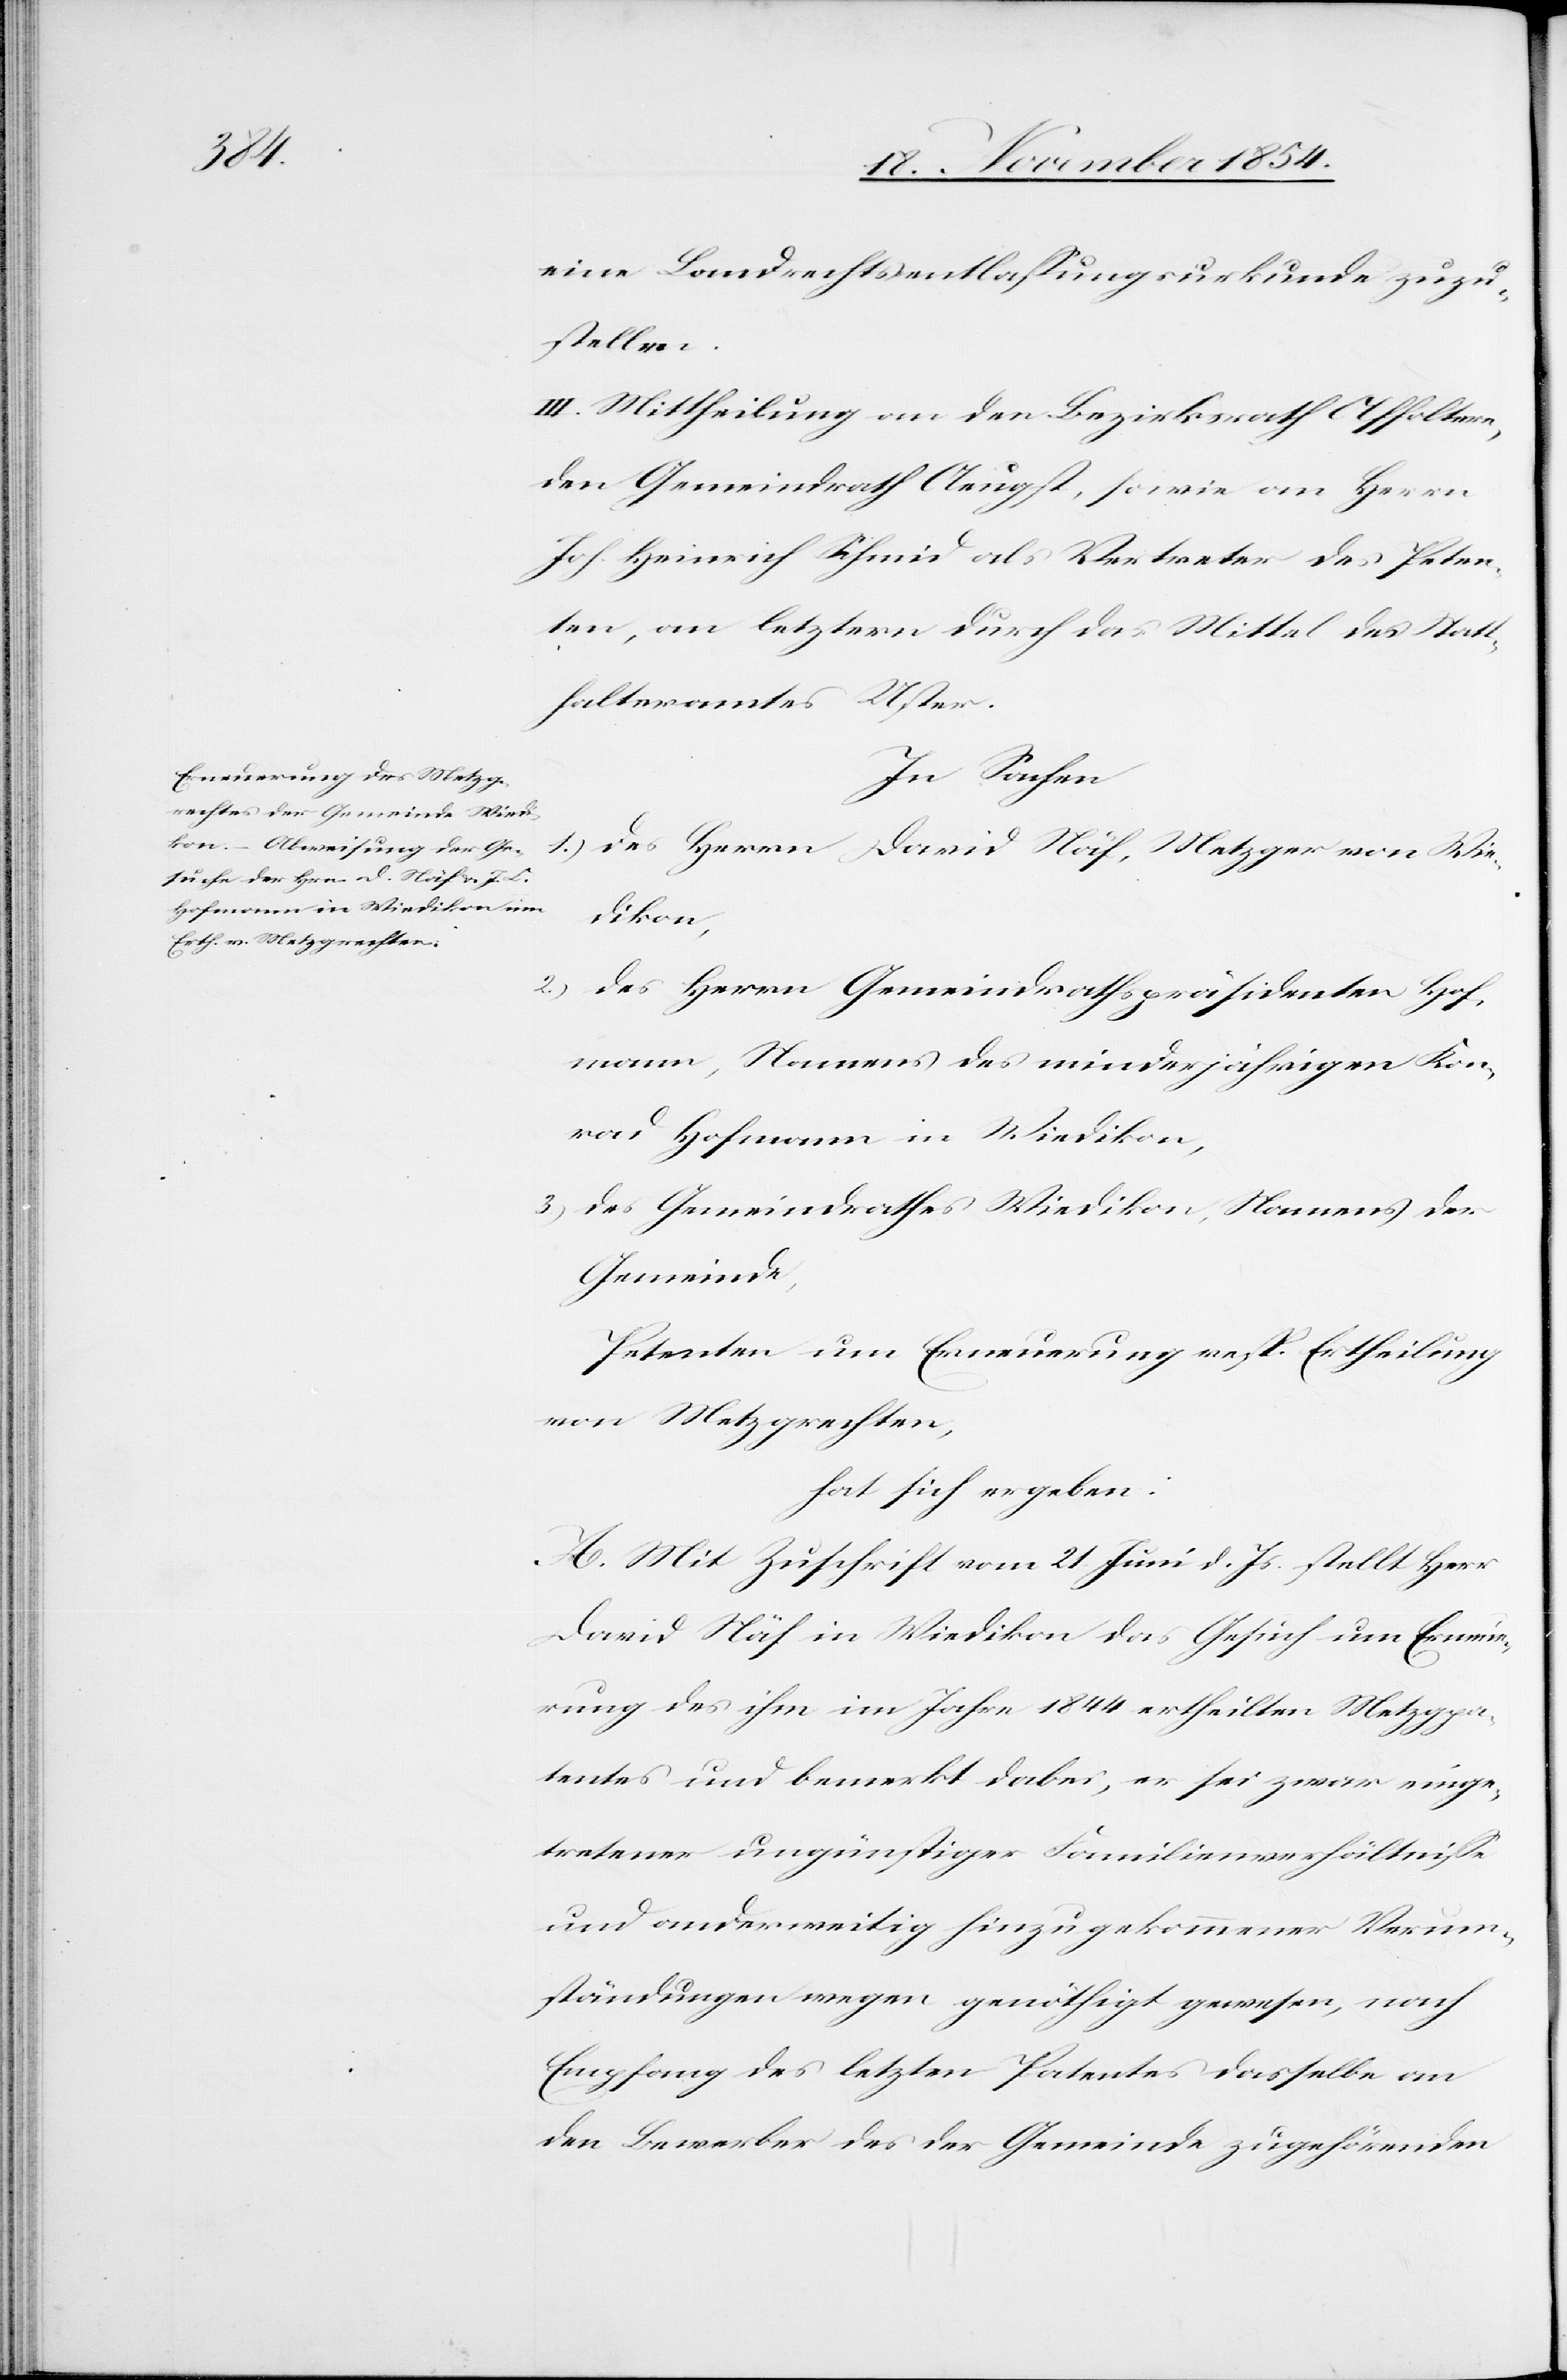
eine Landrechtsentlaßungsurkunde zuzu¬
stellen.
III. Mittheilung an den Bezirksrath Affoltern,
den Gemeindrath Aeugst, sowie an Herrn
Joh. Heinrich Schmid als Vertreter des Peten¬
ten, an letztern durch das Mittel des Statt¬
halteramtes Uster.
In Sachen
1.) des Herrn David Näf, Metzger von Wie¬
dikon,
2.) des Herrn Gemeindrathspräsidenten Hof¬
mann, Namens des minderjährigen Kon¬
rad Hofmann in Wiedikon,
3.) des Gemeindrathes Wiedikon, Namens der
Gemeinde,
Petenten um Erneuerung resp. Ertheilung
von Metzgrechten,
hat sich ergeben:
A. Mit Zuschrift vom 21. Juni d. Js. stellt Herr
David Näf in Wiedikon das Gesuch um Erneue¬
rung des ihm im Jahre 1844 ertheilten Metzgpa¬
tentes und bemerkt dabei, er sei zwar einge¬
tretener ungünstiger Familienverhältniße
und anderweitig hinzugekommener Verum¬
ständungen wegen genöthigt gewesen, nach
Empfang des letzten Patentes dasselbe an
den Bewerber des der Gemeinde zugehörenden